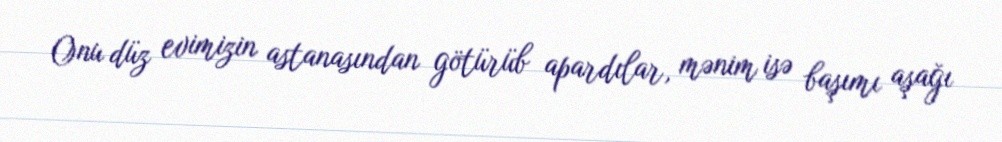
Onu düz evimizin astanasından götürüb apardılar, mənim isə başımı aşağı